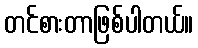
တင်စားတာဖြစ်ပါတယ်။